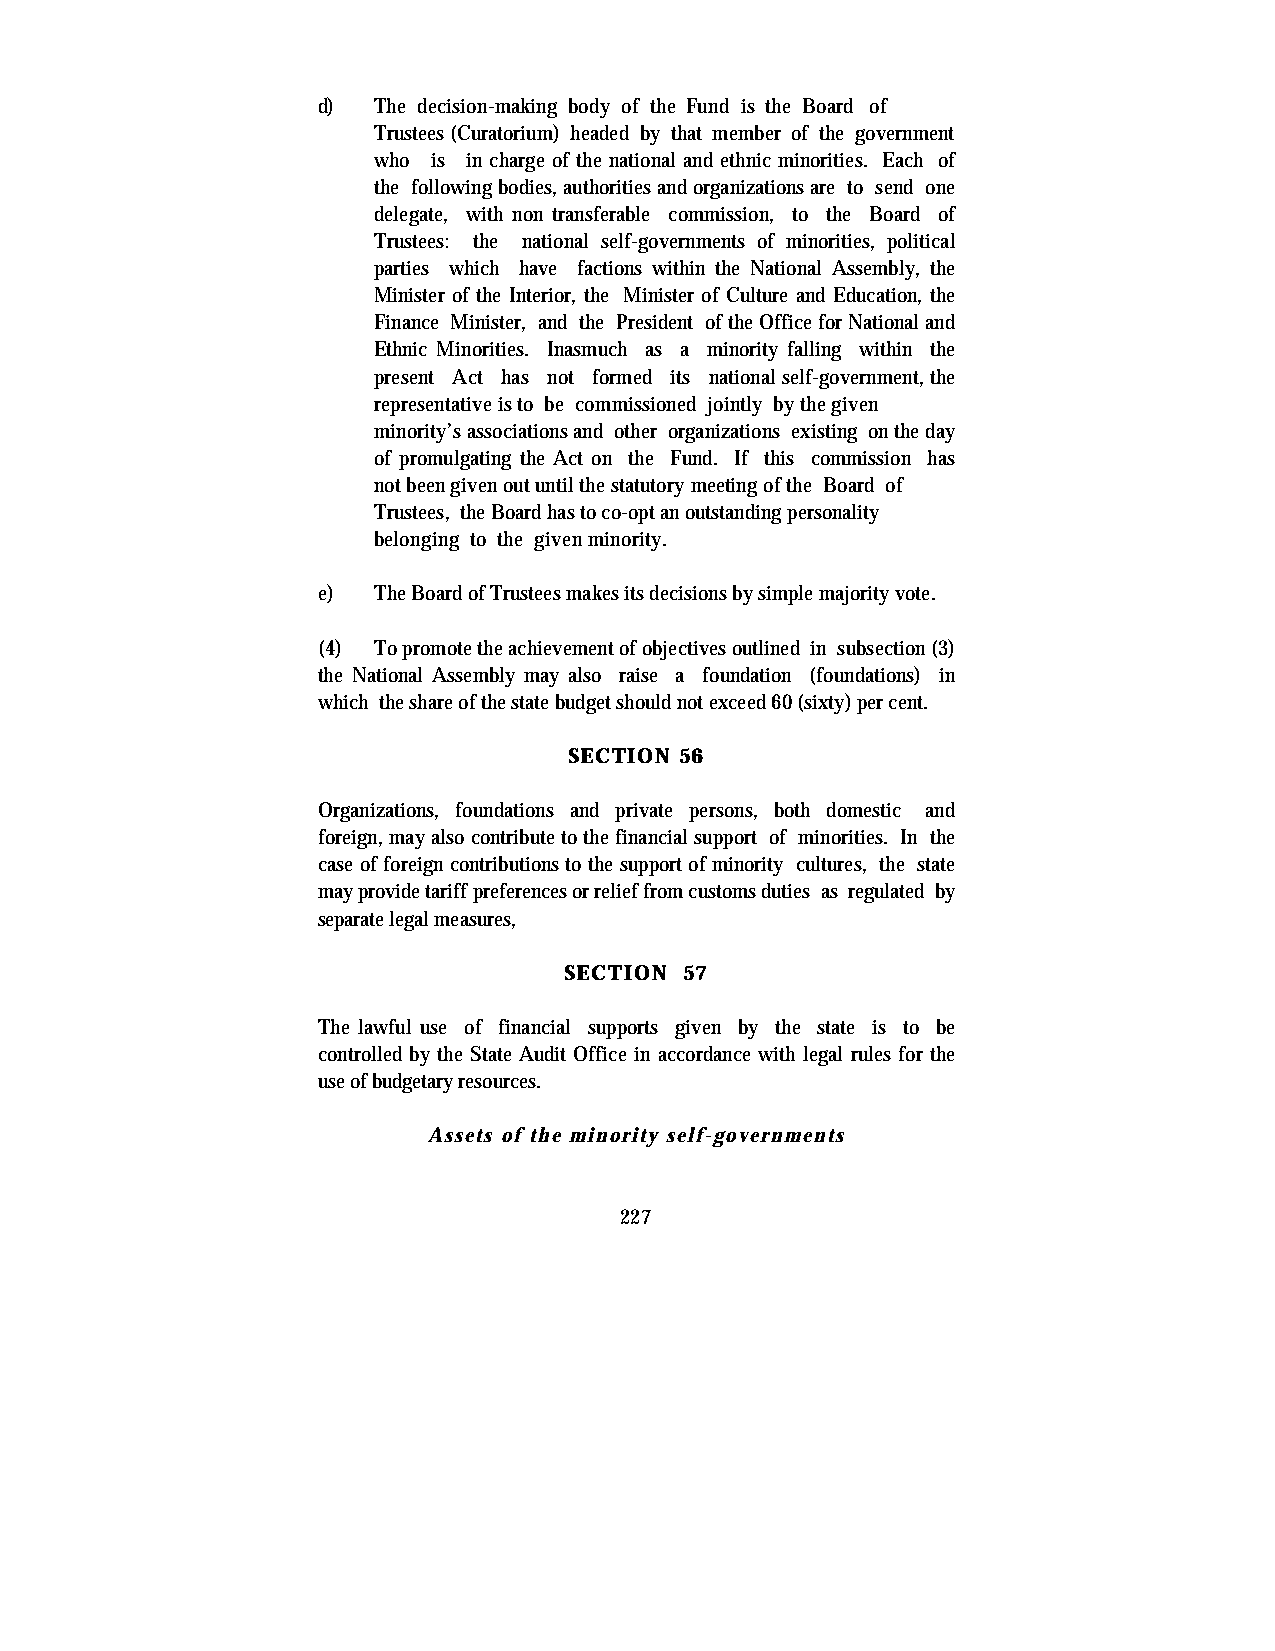
d)  The decision-making body of the Fund is the Board of
 Trustees (Curatorium) headed by that member of the government
 who is in charge of the national and ethnic minorities. Each of
 the following bodies, authorities and organizations are to send one
 delegate, with non transferable commission, to the Board of
 Trustees: the national self-governments of minorities, political
 parties which have factions within the National Assembly, the
 Minister of the Interior, the Minister of Culture and Education, the
 Finance Minister, and the President of the Office for National and
 Ethnic Minorities. Inasmuch as a minority falling within the
 present Act has not formed its national self-government, the
 representative is to be commissioned jointly by the given
 minority’s associations and other organizations existing on the day
 of promulgating the Act on the Fund. If this commission has
 not been given out until the statutory meeting of the Board of
 Trustees, the Board has to co-opt an outstanding personality
 belonging to the given minority.
 e)  The Board of Trustees makes its decisions by simple majority vote.
 (4) To promote the achievement of objectives outlined in subsection (3)
 the National Assembly may also raise a foundation (foundations) in
 which the share of the state budget should not exceed 60 (sixty) per cent.
 SECTION 56
 Organizations, foundations and private persons, both domestic and
 foreign, may also contribute to the financial support of minorities. In the
 case of foreign contributions to the support of minority cultures, the state
 may provide tariff preferences or relief from customs duties as regulated by
 separate legal measures,
 SECTION 57
 The lawful use of financial supports given by the state is to be
 controlled by the State Audit Office in accordance with legal rules for the
 use of budgetary resources.
 Assets of the minority self-governments
 227